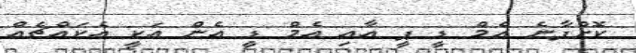
ކޮށްފާނެ އެމް ޑީ ޕީ އާއި އެމް ޑީ އެން އަކީ އެކައްޗެއް